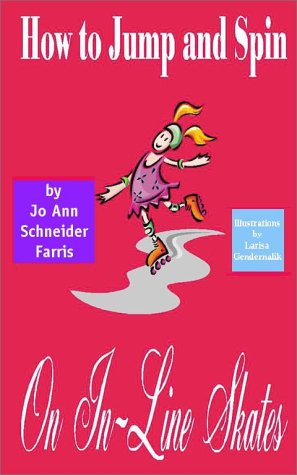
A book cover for How to Jump and Spin on In-Line Skates; Jo Ann Schneider Farris; Sports & Outdoors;